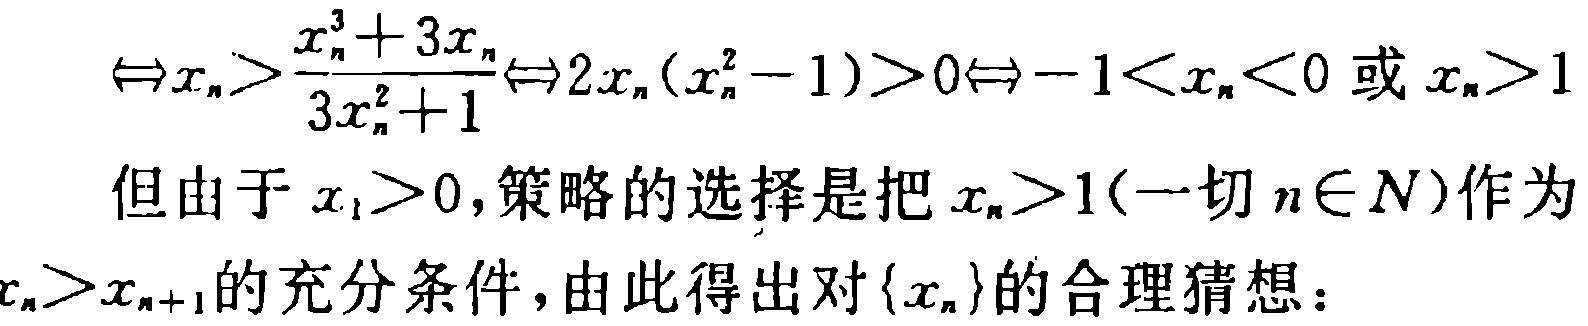
\(\Leftrightarrow x_{n}>\frac{x_{n}^{3}+3x_{n}}{3x_{n}^{2}+1}\Leftrightarrow 2x_{n}(x_{n}^{2}-1)>0\Leftrightarrow -1<x_{n}<0 \text{ 或 } x_{n}>1\)

但由于\(x_{1}>0\),策略的选择是把\(x_{n}>1(\text{一切 }n\in N)\)作为

\(x_{n}>x_{n + 1}\)的充分条件，由此得出对\(\{x_{n}\}\)的合理猜想：